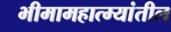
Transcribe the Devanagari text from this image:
भीमामहात्म्यांतील